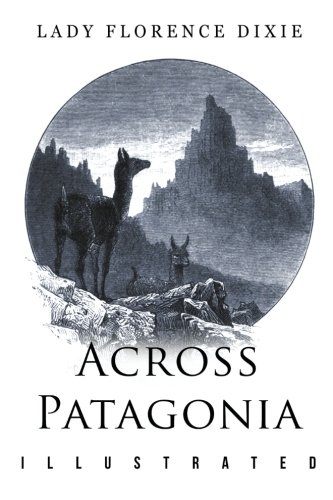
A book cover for Across Patagonia: Illustrated; Lady Florence Dixie; Travel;